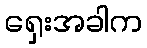
ရှေးအခါက